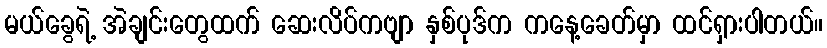
မယ်ခွေရဲ့ အဲချင်းတွေထက် ဆေးလိပ်ကဗျာ နှစ်ပုဒ်က ကနေ့ခေတ်မှာ ထင်ရှားပါတယ်။